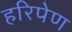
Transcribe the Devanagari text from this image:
हरिपेण